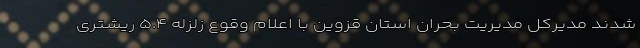
شدند مدیرکل مدیریت بحران استان قزوین با اعلام وقوع زلزله ۵.۴ ریشتری